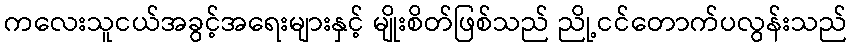
ကလေးသူငယ်အခွင့်အရေးများနှင့် မျိုးစိတ်ဖြစ်သည် ညို့ငင်တောက်ပလွန်းသည်